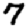
Digit: 7